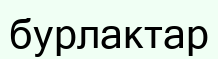
бурлактар